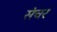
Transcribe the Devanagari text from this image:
संचर